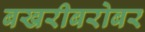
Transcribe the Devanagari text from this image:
बखरीबरोबर